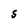
Character: S